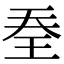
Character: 𭸽